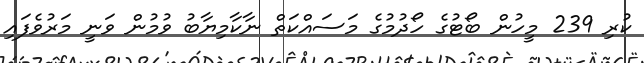
ކުރި 239 މީހުން ބޯޓުގެ ހޯދުމުގެ މަސައްކަތް ނާކާމިޔާބު ވުމުން ވަނީ މަރުވެފައި